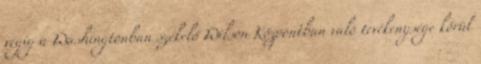
végig a Washingtonban székelő Wilson Központban való tevékenysége körül